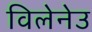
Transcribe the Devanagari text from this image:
विलेनेउ